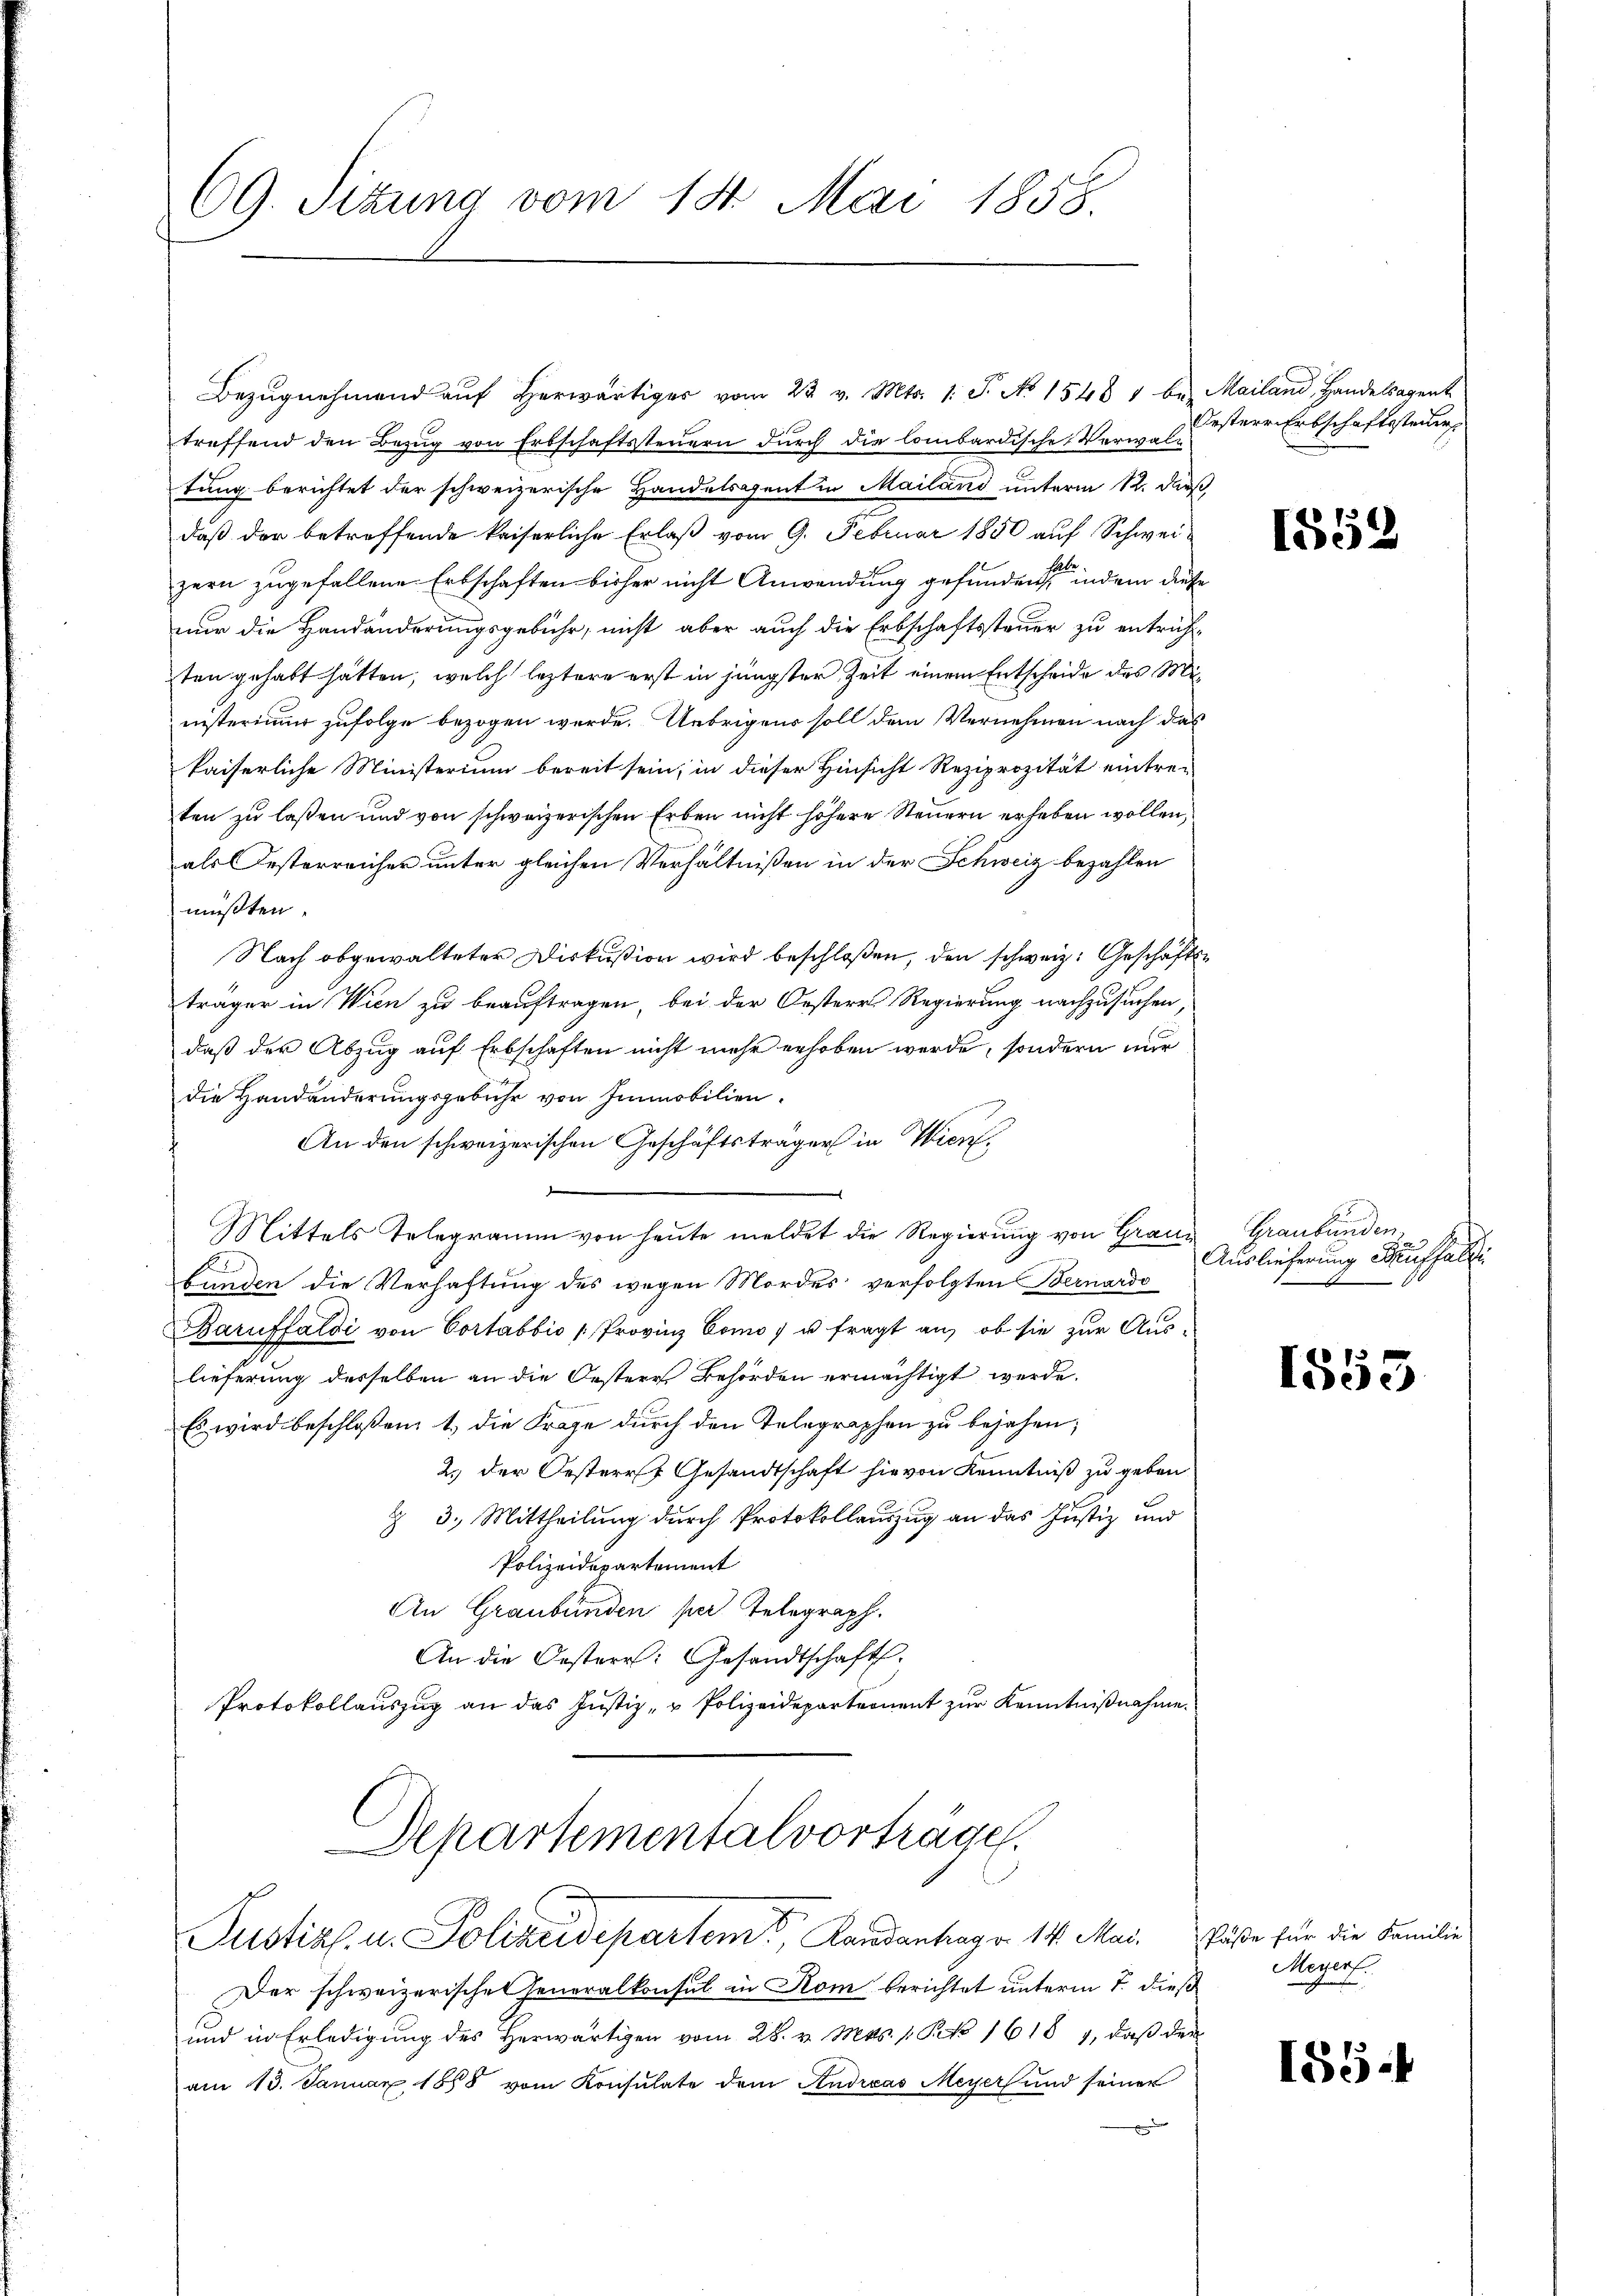
69. Sitzung vom 14. Mai 1858.

Bezŭgnehmend aŭf herwärtiger vom 22. v. Mts. 1. J. No 1548 " be. Mailand, Handelsagent
treffend den Bezug von Erbschaftssteuern durch die lombardische Verwaltung berichtet der schweizerische Handelsgent in Mailand unterm 12. dar
daß der betreffende kaiserliche Erlaß vom 9. Februar 1850 auf Schwei-
zern zugefallene Erbschaften bisher nicht Anwendung gefunden, indem diese
nur die Handänderungsgebühr, nicht aber auch die Erbschaftssteuer zu entricht
sten gehabt hätten, welch leztere erst in jüngster Zeit einem Entscheide des Ministerium zufolge bezogen werde. Uebrigens soll dem Vernehmen nach das
kaiserliche Ministerium bereit sein, in dieser Hinsicht Reziprozität eintre-
ten zu lassen und von schweizerischen Erben nicht höhere Steuern erheben wollen,
als Festerreicher unter gleichen Verhältnißen in der Schweiz bezahlen
müßten.
Nach abgewalteter Diskußion wird beschloßen, den schweiz. Geschäftsträger in Wien zu beauftragen, bei der Oesteres Regierung nachzusuchen,
daß der Abzug auf Erbschaften nicht mehr erhoben werde, sondern nur
die Handänderungsgebühr von Immobilien.
An den schweizerischen Geschäftsträger in Wien,
d
Mittels Telegramm von heute meldet die Regierung von Granz Graubünden.
funden die Verhaftung des wegen Mordes verfolgten Bernardo
Baruffaldi von Cortabbio Provinz Como 7 u fragt an, ob sie zur Auslieferung desselben an die Oestere Behörden ermächtigt werde.
Es wird beschloßen: 1., die Frage durch den Telegraphen zu bejahen,
2.) der Oesterr. Gesandtschaft hievon Kenntniß zu geben
§ 3. Mittheilung durch Protokollauszug an das Justiz und
Polizeidepartement
An Graubünden per Telegraph.
An die Oesterr. Gesandtschaft.
Protokollauszug an das Justiz- u Polizeidepartement zur Kenntnißnahme.
Departementalvorträge.
Justiz- u. Polizeidepartem Landantrag v. 14. Mai. Päße für die Familie
Der schweizerischen Generalkonsul in Rom berichtet unterm 7. dieß
und in Erledigung des Herwärtigen vom 28. v. Mts. 1 Pk 1618 1, daß der
am 13. Januar 1888 vom Konsulate dem Andreas Meyer und seiner
x

Oestere Erbschaftssteuer

1552

Auslieferung Auffallei

1553

Meyer.

155.